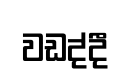
වඩද්දී